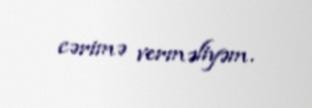
cərimə verməliyəm.